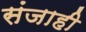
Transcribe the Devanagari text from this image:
संजाही